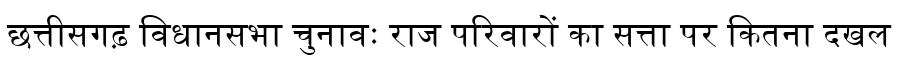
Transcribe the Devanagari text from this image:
छत्तीसगढ़ विधानसभा चुनावः राज परिवारों का सत्ता पर कितना दखल